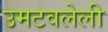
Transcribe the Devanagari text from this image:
उमटवलेली